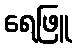
ရေဖြူ